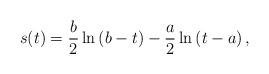
LaTeX: \begin{align*}s(t) = \frac{b}{2} \ln \left( b - t \right) - \frac{a}{2} \ln \left(t - a \right),\end{align*}